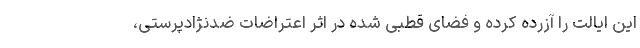
این ایالت را آزرده کرده و فضای قطبی شده در اثر اعتراضات ضدنژادپرستی،